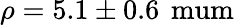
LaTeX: \rho=5.1\pm 0.6\, \mathrm{{\ mum}}